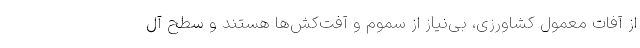
از آفات معمول کشاورزی، بی‌نیاز از سموم و آفت‌کش‌ها هستند و سطح آل